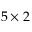
5 \times 2